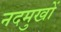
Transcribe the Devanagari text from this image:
नदमुखों